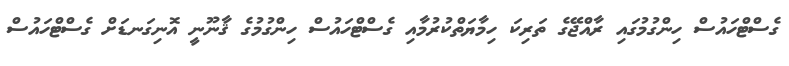
ގެސްޓްހައުސް ހިންގުމުގައި ރާއްޖޭގެ ތަރިކަ ހިމާޔަތްކުރުމާއި ގެސްޓްހައުސް ހިންގުމުގެ ޤާނޫނީ އޮނިގަނޑަށް ގެސްޓްހައުސް